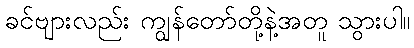
ခင်ဗျားလည်း ကျွန်တော်တို့နဲ့အတူ သွားပါ။